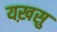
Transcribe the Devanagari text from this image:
यख़सु